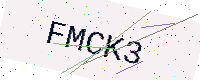
Text: FMCK3